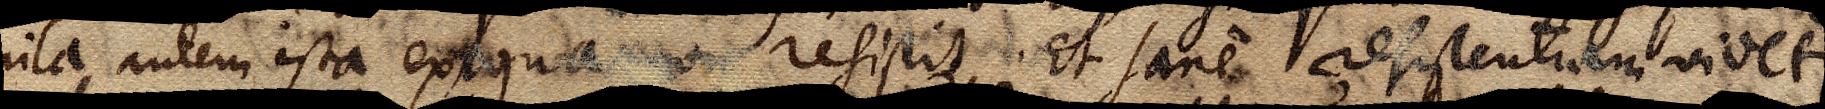
pila autem ista exigua non resistit. Et sane resistentiam videtur